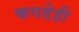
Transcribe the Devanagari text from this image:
कपडेही